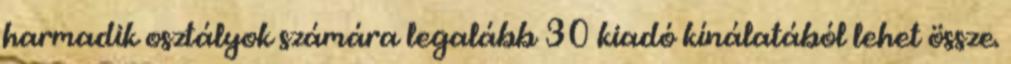
harmadik osztályok számára legalább 30 kiadó kínálatából lehet össze.